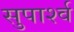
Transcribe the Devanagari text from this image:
सुपार्श्‍व